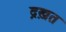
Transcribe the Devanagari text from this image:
द्रख़त